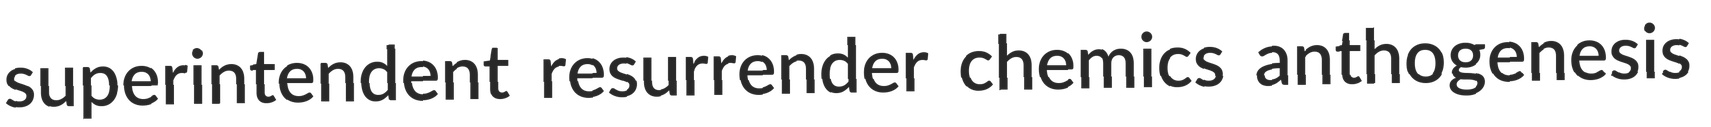
superintendent resurrender chemics anthogenesis